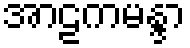
အာဠကမန္ဒာ